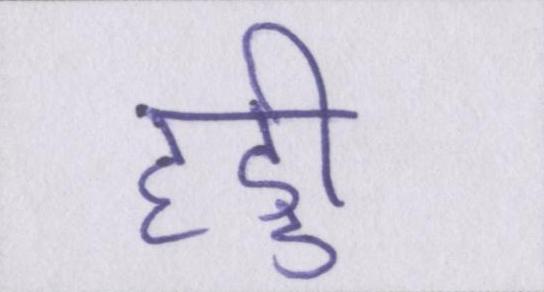
हड्डी